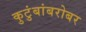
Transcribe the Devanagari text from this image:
कुटुंबांबरोबर